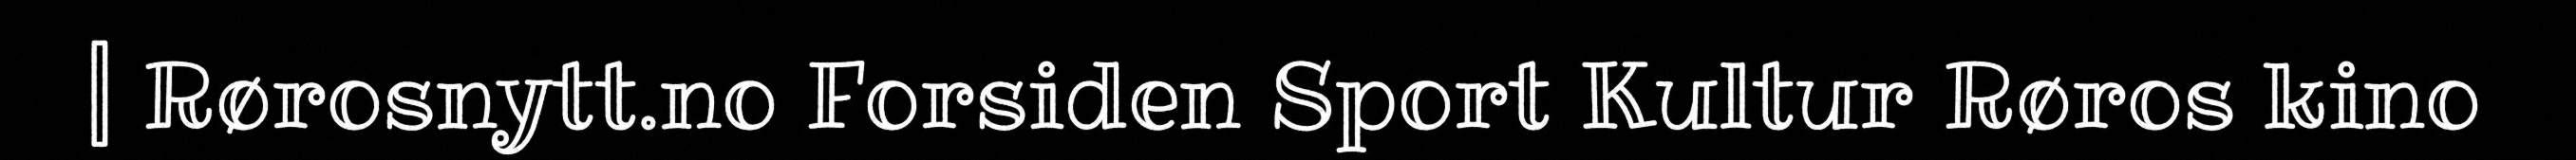
| Rørosnytt.no Forsiden Sport Kultur Røros kino